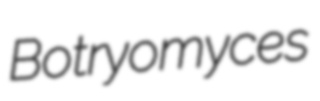
Botryomyces